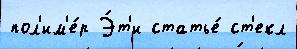
пол'им'е́р Э́т'и статье́ ст'екл